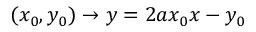
( x _ { 0 } , y _ { 0 } ) \to y = 2 a x _ { 0 } x - y _ { 0 }